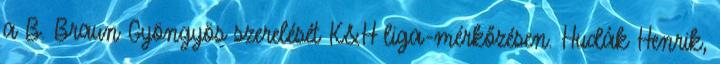
a B. Braun Gyöngyös szerelését K&H liga-mérkőzésen. Hudák Henrik,